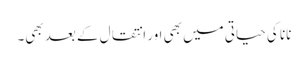
نانا کی حیاتی میں بھی اور انتقال کے بعد بھی۔